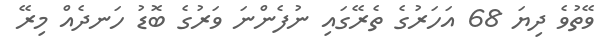
ވޭތުވެ ދިޔަ 68 އަހަރުގެ ތެރޭގައި ނުފެންނަ ވަރުގެ ބޮޑު ހަނދެއް މިރޭ